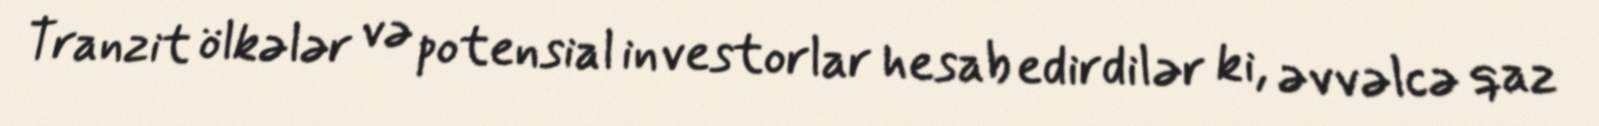
Tranzit ölkələr və potensial investorlar hesab edirdilər ki, əvvəlcə qaz